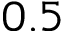
0 . 5